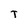
Character: T